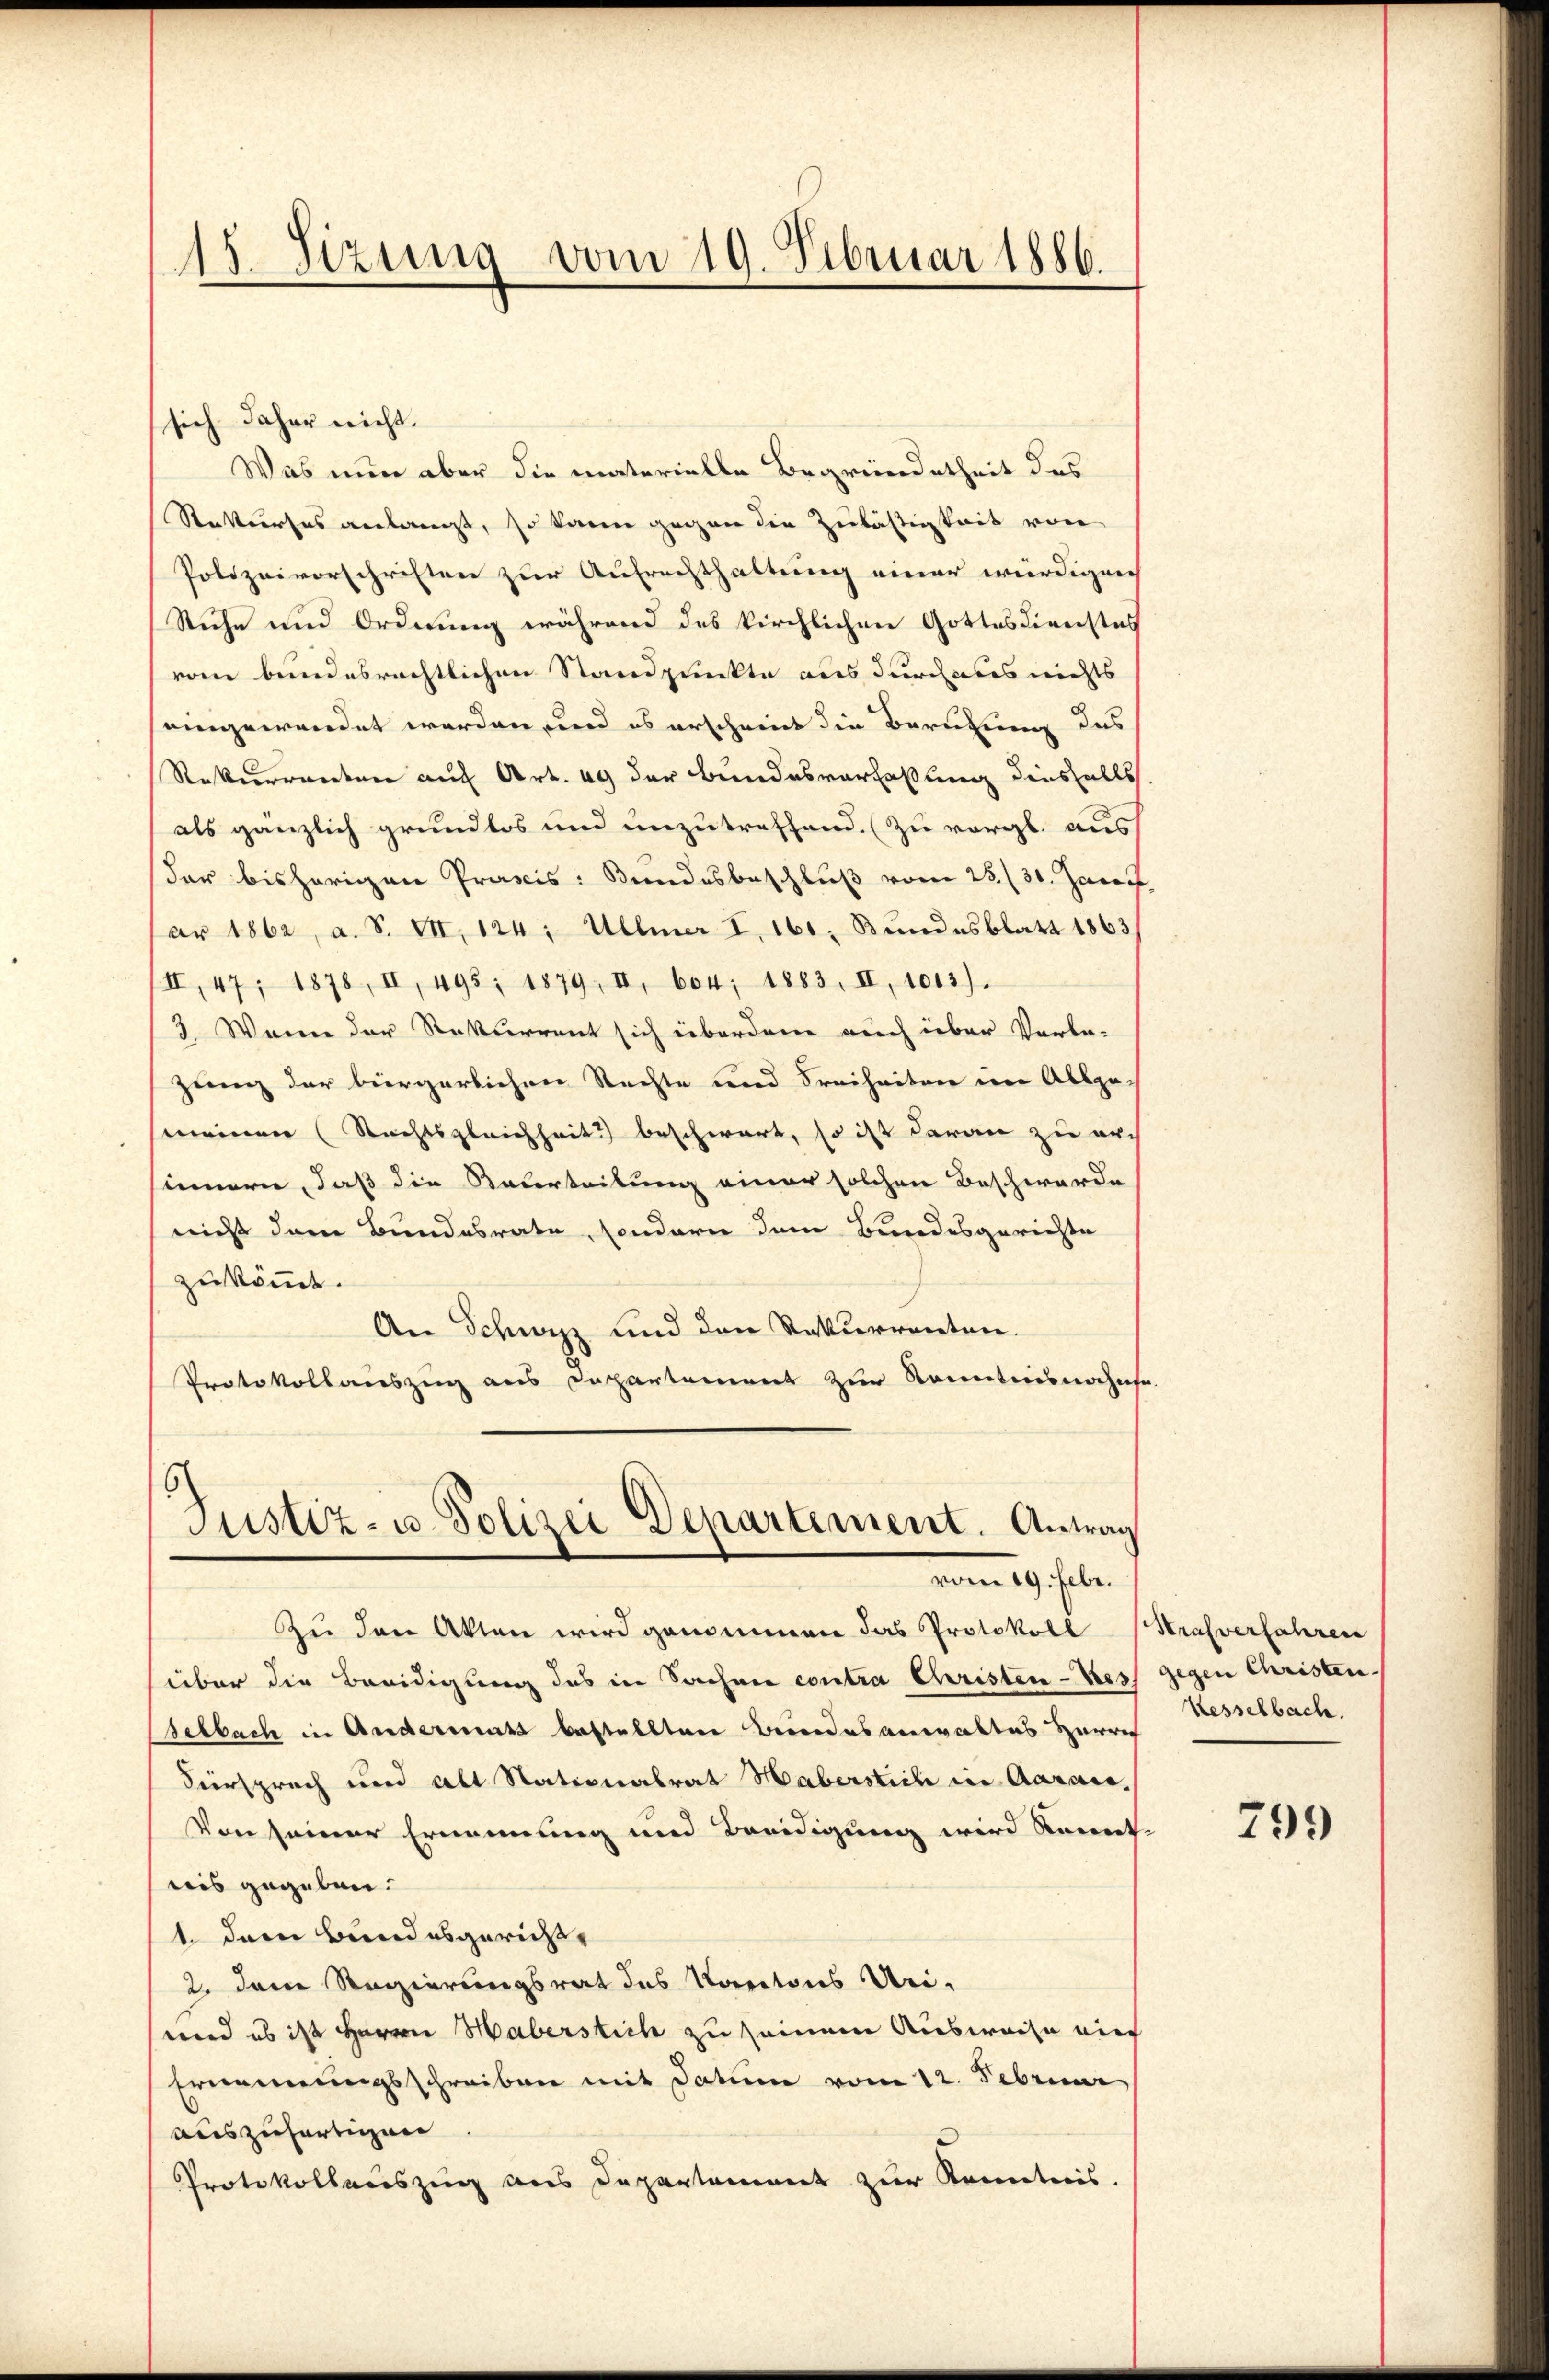
15. Sizung vom 19. Februar 1886.

sich daher nicht.
Was nun aber die materielle Begründetheit des
Rekurses anlangt, so kann gegen die Zulästigkeit von
Polizeivorschriften zur Aufrechthaltung einer würdigen
Siche und Ordnung während des kirchlichen Gottesdienstes
vom bundesrechtlichen Standpunkte aus durchaus nichts
eingewendet werden, und es erscheint die Berufung des
Rekurrenten auf Art. 49 der Bundesverfaßung diesfalls
als gänzlich grundlos und unzutreffend. (zu vergl. aus
der bisherigen Praxis: Bundesbeschluß vom 28./30. Janu
ar 1862, a. S. VII, 124; Ullmer I. 160; Bundesblatt 1863
/II, 47, 1878, II, 495, 1879, II, 604; 1883, II, 1013).
3. Wenn der Rekurrent sich überdem auch über Vorbe-
zung der bürgerlichen Rechte und Freiheiten im Ablemeinen (Rechtsgleichheit) beschwart, so ist daran zu arch
innern, daß die Bauerteilung einer solchen Beschwerde
nicht dem Bundesrate, sondern dem Bundesgerichte
zukömmt.
An Schwyz und den Rekurrenten.
Protokollauszug aus Departement zur Kenntnisnahmse

Justiz- u. Polizei Departement. Antrag
vom 19. Febr.

Zu den Akten wird genommen das Protokoll (Strafverfahren
über die Beeidigung des in Sachene contra Christen-Bes
Schlach in Andermatt bestellten Bundesanwaltes Herrn
Viersprech und alt Nationalrat Haberstich in Aaraus¬
Von seiner Ernennung und Beeidigung wird konnt
ris gegeben.
1. dann Bundesgericht¬
2. Dem Regierungsrat des Kantons Uri,
und es ist Herrn Haberstich zu seinem Ausweise auf
Ernennungsschreiben mit Datum vom 12. Februar
auszufertigen
Protokollauszug aus Departement zur Kenntnis.

gegen Christen
Kesselbach.

799